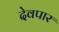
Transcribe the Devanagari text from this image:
देवपार